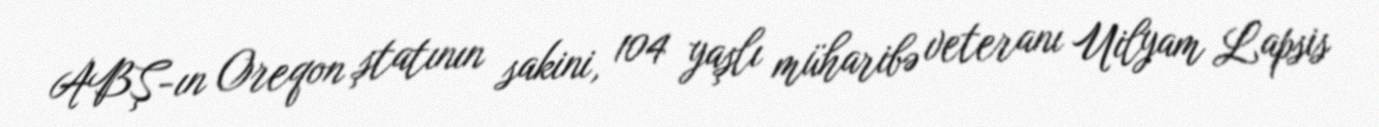
ABŞ-ın Oreqon ştatının sakini, 104 yaşlı müharibə veteranı Uilyam Lapsis